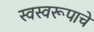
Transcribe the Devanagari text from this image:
स्वस्वरूपाचे